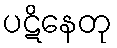
ပဋိနေတု